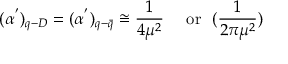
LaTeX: ( \alpha ^ { ' } ) _ { q - D } = ( \alpha ^ { ' } ) _ { q - \bar { q } } \cong \frac { 1 } { 4 \mu ^ { 2 } } ~ ~ ~ ~ \mathrm { o r } ~ ~ ( \frac { 1 } { 2 \pi \mu ^ { 2 } } )